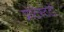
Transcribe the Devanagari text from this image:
प्रोटेस्टंटों